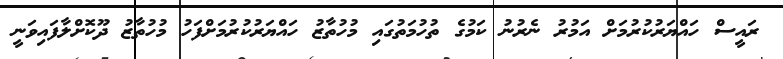
ރައީސް ހައްޔަރުކުރުމަށް އަމުރު ނެރުނު ކަމުގެ ތުހުމަތުގައި މުހުތާޒު ހައްޔަރުކުރުމަށްފަހު މުހުތާޒު ދޫކޮށްލާފައިވަނީ